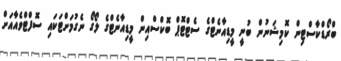
ބްރޯޑްކާސްޓިން ކޮމިޝަނުން ބުނީ މީޑިއާނެޓްގެ ސެޓްޓޮޕް ބޮކްސްއިން މީޑިއާނެޓްގެ ލޯގޯ ނެގުމަށްޓަކައި ސޮފްޓްވެއާއަށް